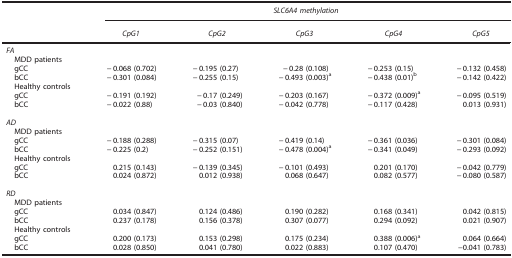
<table><thead><tr><td><b> </b></td><td colspan="5"><b><i>SLC6A4 methylation</i></b></td></tr><tr><td><b> </b></td><td><b><i>CpG1</i></b></td><td><b><i>CpG2</i></b></td><td><b><i>CpG3</i></b></td><td><b><i>CpG4</i></b></td><td><b><i>CpG5</i></b></td></tr></thead><tbody><tr><td colspan="6"><i>FA</i></td></tr><tr><td> MDD patients</td><td> </td><td> </td><td> </td><td> </td><td> </td></tr><tr><td> gCC</td><td>−0.068 (0.702)</td><td>−0.195 (0.27)</td><td>−0.28 (0.108)</td><td>−0.253 (0.15)</td><td>−0.132 (0.458)</td></tr><tr><td> bCC</td><td>−0.301 (0.084)</td><td>−0.255 (0.15)</td><td>−0.493 (0.003)a</td><td>−0.438 (0.01)b</td><td>−0.142 (0.422)</td></tr><tr><td> Healthy controls</td><td> </td><td> </td><td> </td><td> </td><td> </td></tr><tr><td> gCC</td><td>−0.191 (0.192)</td><td>−0.17 (0.249)</td><td>−0.203 (0.167)</td><td>−0.372 (0.009)a</td><td>−0.095 (0.519)</td></tr><tr><td> bCC</td><td>−0.022 (0.88)</td><td>−0.03 (0.840)</td><td>−0.042 (0.778)</td><td>−0.117 (0.428)</td><td>0.013 (0.931)</td></tr><tr><td colspan="6"> </td></tr><tr><td colspan="6"><i>AD</i></td></tr><tr><td> MDD patients</td><td> </td><td> </td><td> </td><td> </td><td> </td></tr><tr><td> gCC</td><td>−0.188 (0.288)</td><td>−0.315 (0.07)</td><td>−0.419 (0.14)</td><td>−0.361 (0.036)</td><td>−0.301 (0.084)</td></tr><tr><td> bCC</td><td>−0.225 (0.2)</td><td>−0.252 (0.151)</td><td>−0.478 (0.004)a</td><td>−0.341 (0.049)</td><td>−0.293 (0.092)</td></tr><tr><td> Healthy controls</td><td> </td><td> </td><td> </td><td> </td><td> </td></tr><tr><td> gCC</td><td>0.215 (0.143)</td><td>−0.139 (0.345)</td><td>−0.101 (0.493)</td><td>0.201 (0.170)</td><td>−0.042 (0.779)</td></tr><tr><td> bCC</td><td>0.024 (0.872)</td><td>0.012 (0.938)</td><td>0.068 (0.647)</td><td>0.082 (0.577)</td><td>−0.080 (0.587)</td></tr><tr><td colspan="6"> </td></tr><tr><td colspan="6"><i>RD</i></td></tr><tr><td> MDD patients</td><td> </td><td> </td><td> </td><td> </td><td> </td></tr><tr><td> gCC</td><td>0.034 (0.847)</td><td>0.124 (0.486)</td><td>0.190 (0.282)</td><td>0.168 (0.341)</td><td>0.042 (0.815)</td></tr><tr><td> bCC</td><td>0.237 (0.178)</td><td>0.156 (0.378)</td><td>0.307 (0.077)</td><td>0.294 (0.092)</td><td>0.021 (0.907)</td></tr><tr><td> Healthy controls</td><td> </td><td> </td><td> </td><td> </td><td> </td></tr><tr><td> gCC</td><td>0.200 (0.173)</td><td>0.153 (0.298)</td><td>0.175 (0.234)</td><td>0.388 (0.006)a</td><td>0.064 (0.664)</td></tr><tr><td> bCC</td><td>0.028 (0.850)</td><td>0.041 (0.780)</td><td>0.022 (0.883)</td><td>0.107 (0.470)</td><td>−0.041 (0.783)</td></tr></tbody></table>